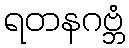
ရတနဂဗ္ဘံ